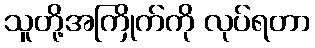
သူတို့အကြိုက်ကို လုပ်ရတာ